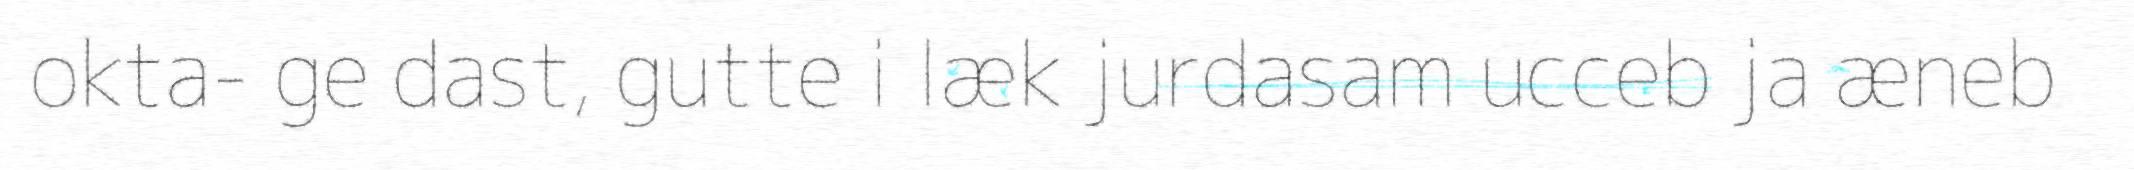
okta- ge dast, gutte i læk jurdasam ucceb ja æneb